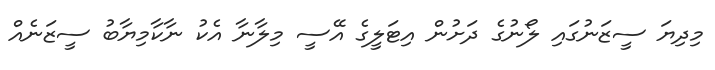
މިދިޔަ ސީޒަނުގައި ލޯނުގެ ދަށުން އިޓަލީގެ އޭސީ މިލާނާ އެކު ނާކާމިޔާބު ސީޒަނެއް